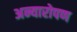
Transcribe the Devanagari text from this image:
अन्यारोपण